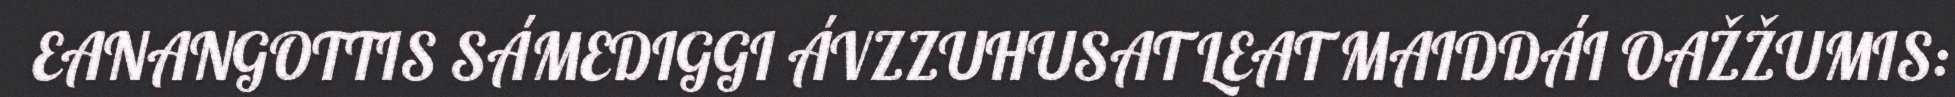
EANANGOTTIS SÁMEDIGGI ÁVZZUHUSAT LEAT MAIDDÁI OAŽŽUMIS: